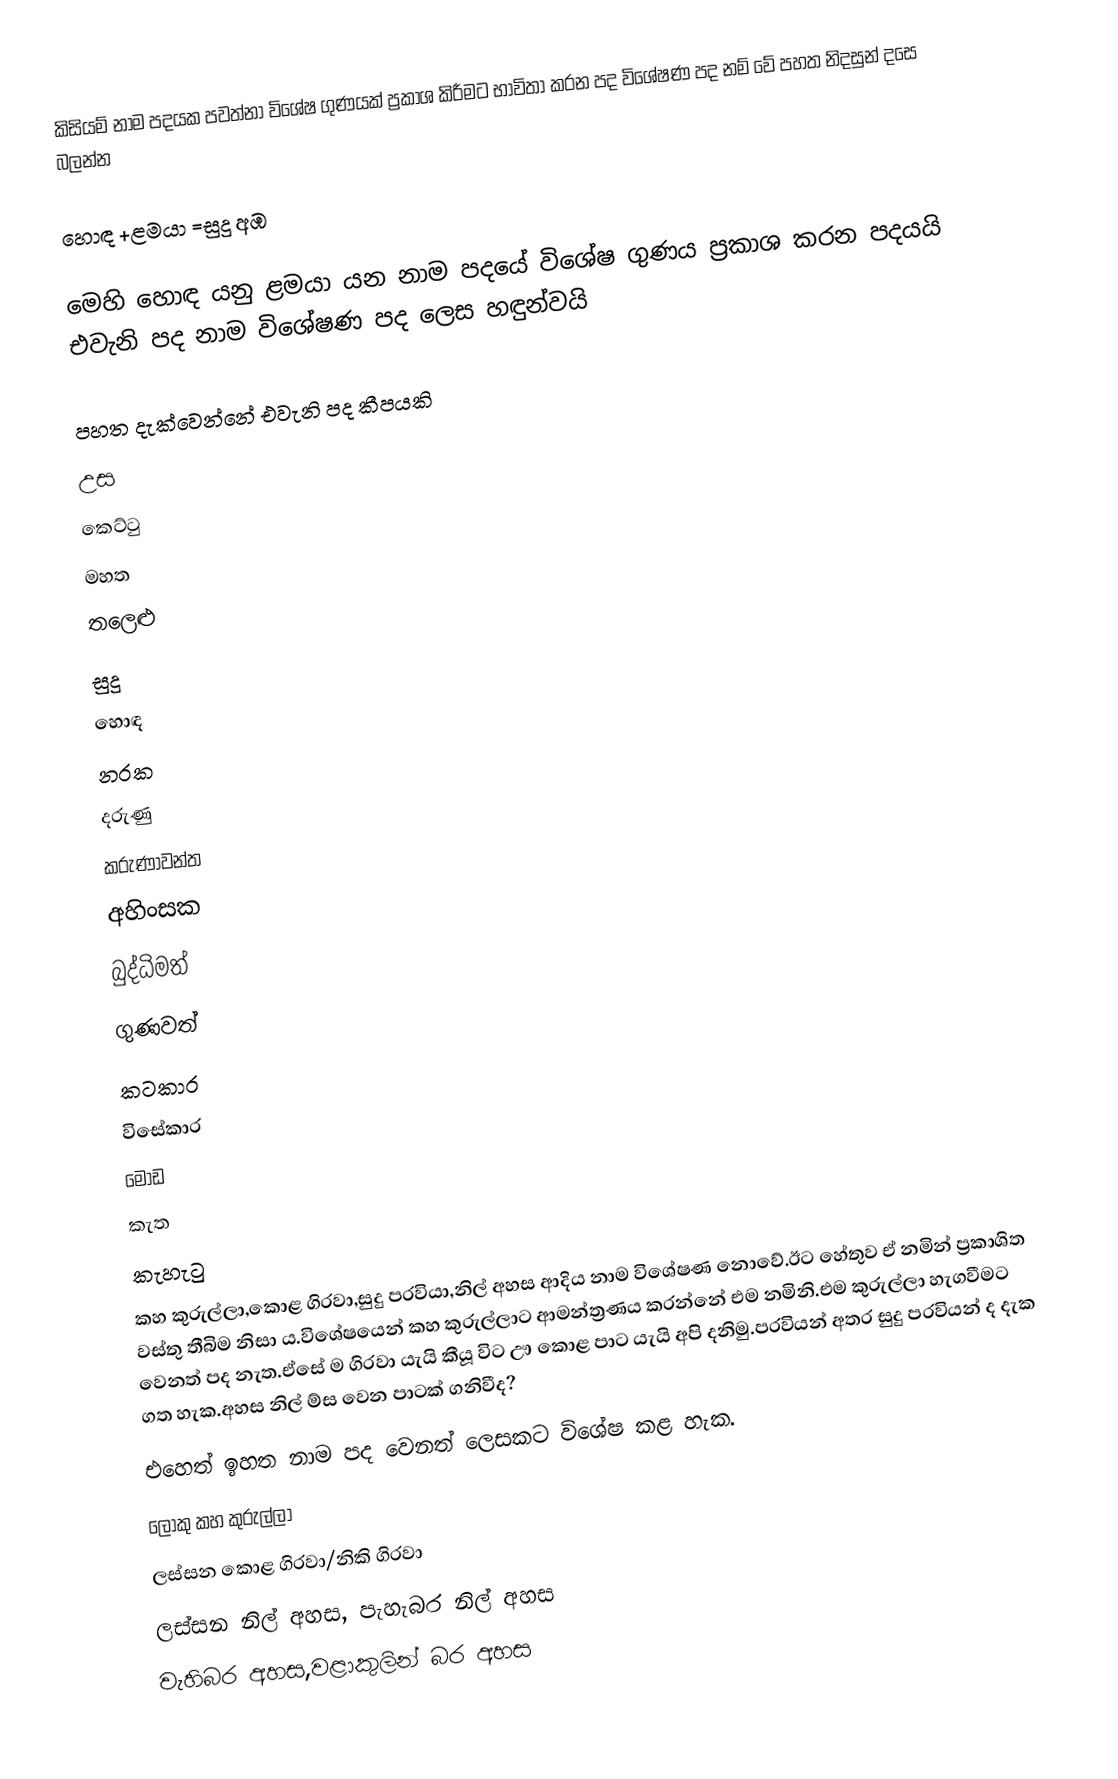
කිසියම් නාම පදයක පවත්නා විශේෂ ගුණයක් ප්‍රකාශ කිරීමට භාවිතා කරන පද විශේෂණ පද නම් වේ පහත නිදසුන් දසෙ බලන්න

හොඳ +ළමයා =සුදු අඹ

මෙහි හොඳ යනු ළමයා යන නාම පදයේ විශේෂ ගුණය ප්‍රකාශ කරන පදයයි එවැනි පද නාම විශේෂණ පද ලෙස හඳුන්වයි

පහත දැක්වෙන්නේ එවැනි පද කීපයකි
 උස
 කෙට්ටු
 මහත
 තලෙළු
 සුදු
 හොඳ
 නරක
 දරුණු
 කරුණාවන්ත‍
 අහිංසක
 බුද්ධිමත්
 ගුණවත්
 කටකාර
 විසේකාර
 මෝඩ
 කැත
 කැහැටු
කහ කුරුල්ලා,කොළ ගිරවා,සුදු පරවියා,නිල් අහස ආදිය නාම විශේෂණ නොවේ.ඊට හේතුව ඒ නමින් ප්‍රකාශිත වස්තු තීබිම නිසා ය.විශේෂයෙන් කහ කුරුල්ලාට ආමන්ත්‍රණය කරන්නේ එම නමිනි.එම කුරුල්ලා හැගවීමට වෙනත් පද නැත.ඒසේ ම ගිරවා යැයි කීයූ විට ඌ කොළ පාට යැයි අපි දනිමු.පරවියන් අතර සුදු පරවියන් ද දැක ගත හැක.අහස නිල් ම්ස වෙන පාටක් ගනිවීද?
එහෙත් ඉහත නාම පද වෙනත් ලෙසකට විශේෂ කළ හැක.
ලොකු කහ කුරුල්ලා
ලස්සන කොළ ගිරවා/නිකි ගිරවා
ලස්සන නිල් අහස, පැහැබර නිල් අහස
වැහිබර අහස,වළාකුලින් බර අහස